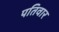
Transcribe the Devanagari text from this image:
पतिवार